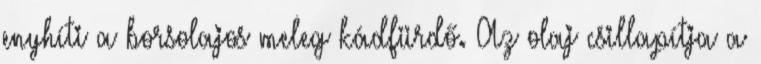
enyhíti a borsolajos meleg kádfürdő. Az olaj csillapítja a